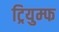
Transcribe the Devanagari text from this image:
ट्रियुम्फ